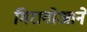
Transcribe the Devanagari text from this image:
मिरागोआने